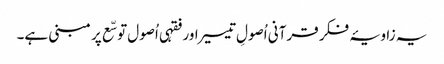
یہ زاویۂ فکر قرآنی اُصولِ تیسیر اور فقہی اُصول توسّع پر مبنی ہے۔